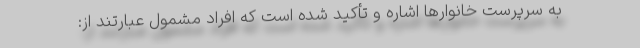
به سرپرست خانوارها اشاره و تأکید شده است که افراد مشمول عبارتند از: